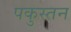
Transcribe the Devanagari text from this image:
पकुस्तन